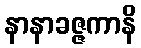
နာနာခဇ္ဇကာနိ